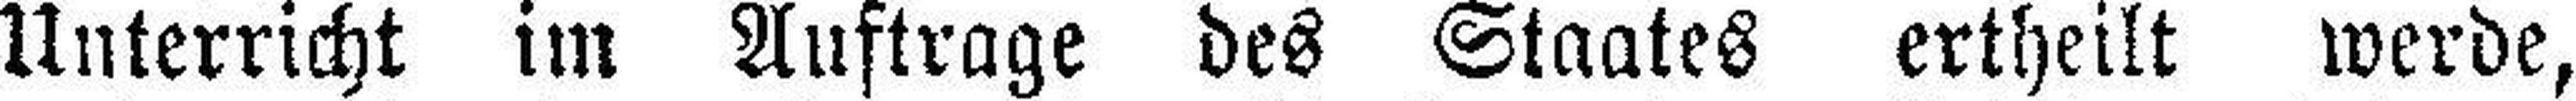
Unterricht im Auftrage des Staates ertheilt werde,